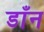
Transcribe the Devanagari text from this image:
डाँन